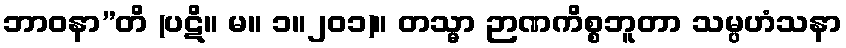
ဘာဝနာ”တိ (ပဋိ။ မ။ ၁။၂၀၁)။ တသ္မာ ဉာဏကိစ္စဘူတာ သမ္ပဟံသနာ